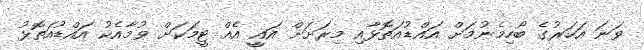
ވަނަ އަހަރުގެ ބޯހިމެނުމަށް އައްޑުއަތޮޅާއި މިރަށަށް އައީ އެއް ޓީމަކަށް ވުމާއެކު އައްޑުއަތޮޅު